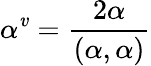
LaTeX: \alpha^{\mathit{v}}={\frac{{2\alpha}}{{(\alpha,\alpha)}}}